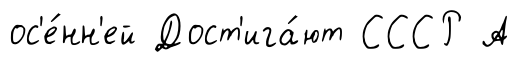
ос'е́нн'ей Дост'ига́ют СССР А